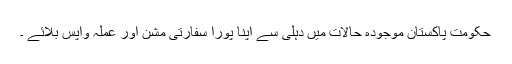
حکومت پاکستان موجودہ حالات میں دہلی سے اپنا پورا سفارتی مشن اور عملہ واپس بلائے ۔